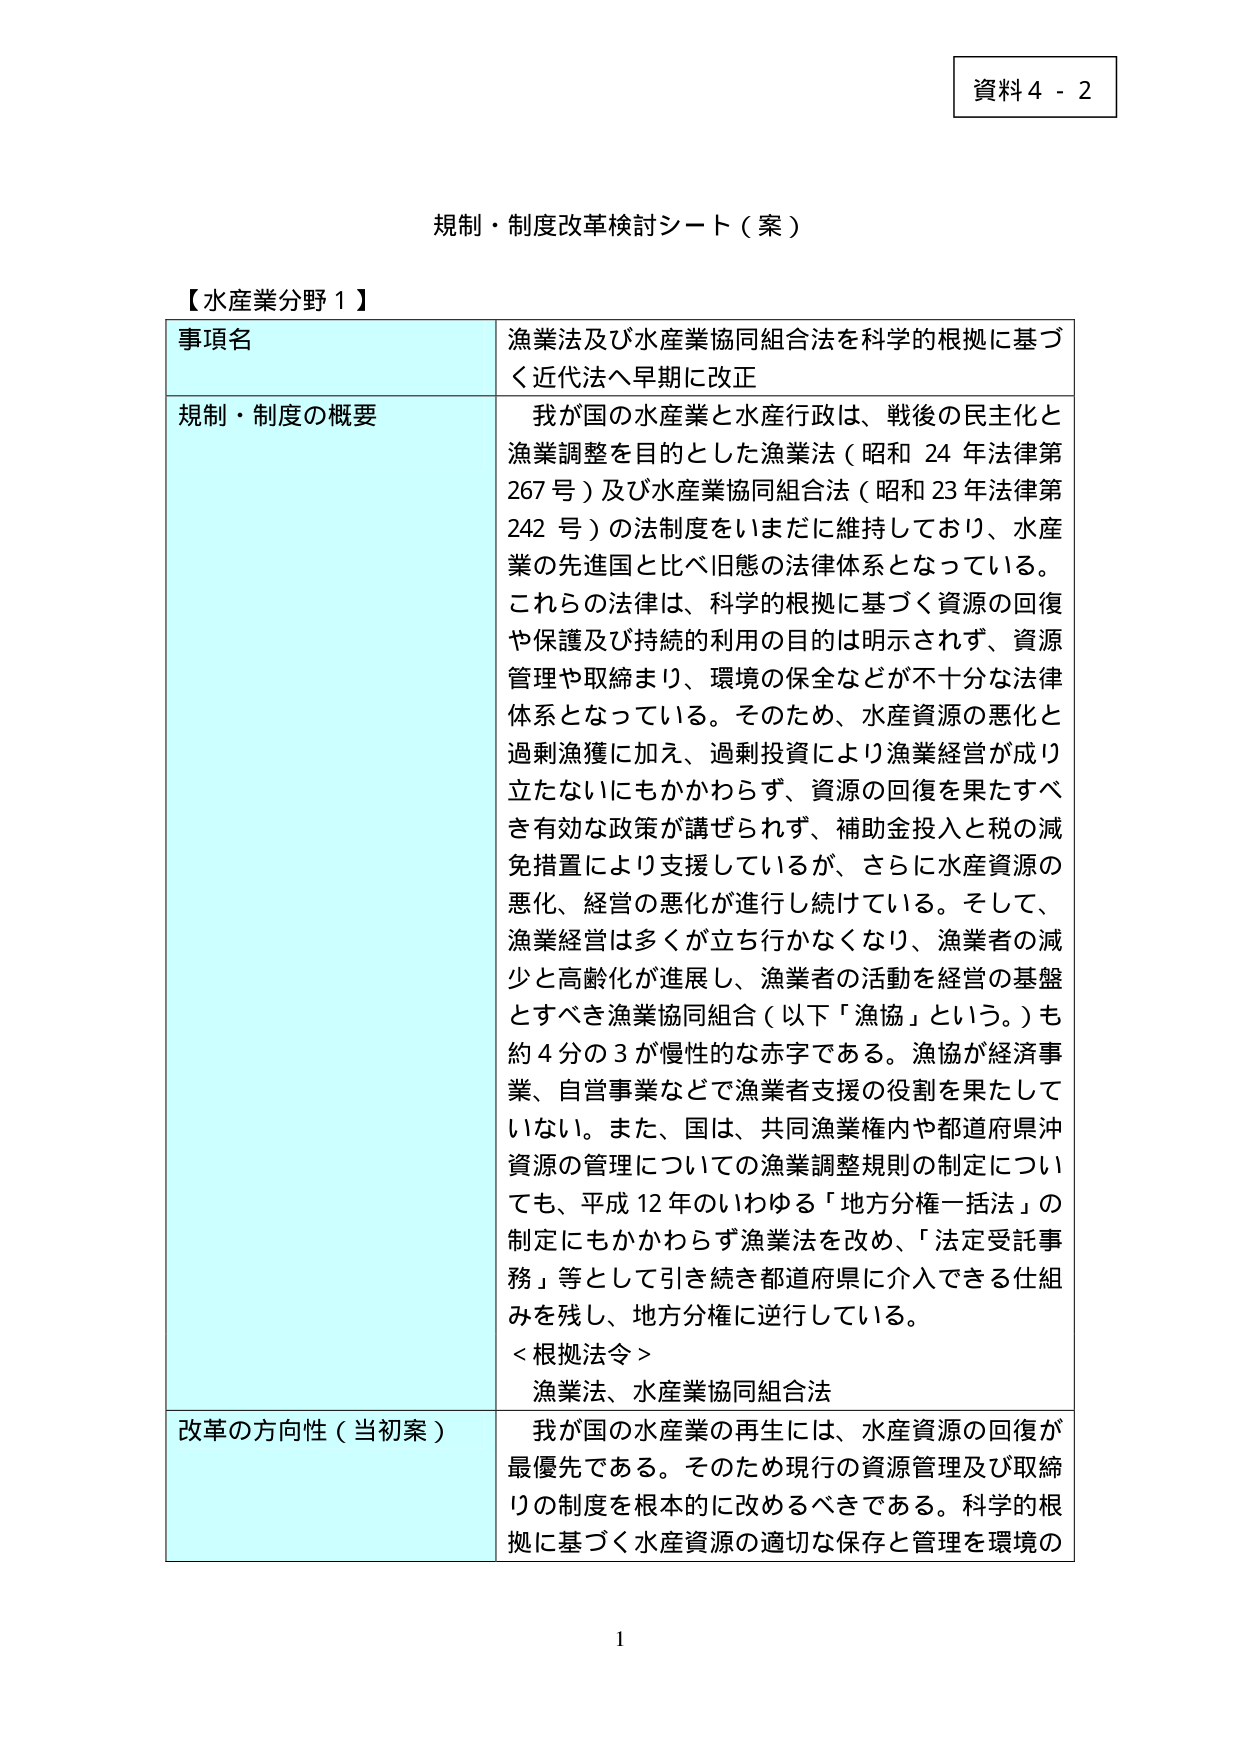
資料４－２

規制・制度改革検討シート（案）

【水産業分野１】

事項名　漁業法及び水産業協同組合法を科学的根拠に基づく近代法へ早期に改正

規制・制度の概要　我が国の水産業と水産行政は、戦後の民主化と漁業調整を目的とした漁業法（昭和24年法律第267号）及び水産業協同組合法（昭和23年法律第242号）の法制度をいまだに維持しており、水産業の先進国と比べ旧態の法律体系となっている。これらの法律は、科学的根拠に基づく資源の回復や保護及び持続的利用の目的は明示されず、資源管理や取締まり、環境の保全などが不十分な法律体系となっている。そのため、水産資源の悪化と過剰漁獲に加え、過剰投資により漁業経営が成り立たないにもかかわらず、資源の回復を果たすべき有効な政策が講ぜられず、補助金投入と税の減免措置により支援しているが、さらに水産資源の悪化、経営の悪化が進行し続けている。そして、漁業経営は多くが立ち行かなくなり、漁業者の減少と高齢化が進展し、漁業者の活動を経営の基盤とすべき漁業協同組合（以下「漁協」という。）も約4分の3が慢性的な赤字である。漁協が経済事業、自営事業などで漁業者支援の役割を果たしていない。また、国は、共同漁業権内や都道府県沖資源の管理についての漁業調整規則の制定についても、平成12年のいわゆる「地方分権一括法」の制定にもかかわらず漁業法を改め、「法定受託事務」等として引き続き都道府県に介入できる仕組みを残し、地方分権に逆行している。

＜根拠法令＞
漁業法、水産業協同組合法

改革の方向性（当初案）　我が国の水産業の再生には、水産資源の回復が最優先である。そのため現行の資源管理及び取締りの制度を根本的に改めるべきである。科学的根拠に基づく水産資源の適切な保存と管理を環境の

1